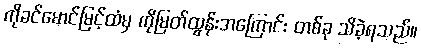
ကိုခင်မောင်မြင့်ထံမှ ကိုမြတ်ထွန်းအကြောင်း တစ်ခု သိခဲ့ရသည်။